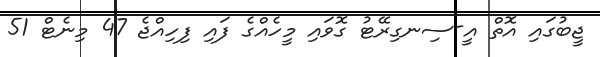
ޖީބުގައި އޮތް އީ-ސިނގިރޭޓު ގޮވައި މީހެއްގެ ފައި ފިހިއްޖެ 47 މިނެޓް 51